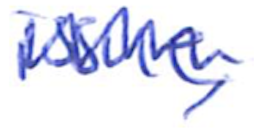
Text: issue,
Cross-out: zig-zag
Writing tool: ballpoint